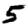
Digit: 5